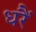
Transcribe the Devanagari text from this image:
धरैं